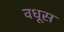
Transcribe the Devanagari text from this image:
वधूस